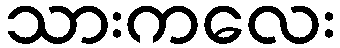
သားကလေး